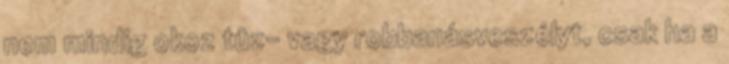
nem mindig okoz tûz- vagy robbanásveszélyt, csak ha a